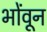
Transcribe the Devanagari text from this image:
भोंवून